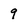
Character: 9